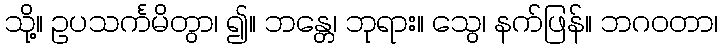
သို့။ ဥပသင်္ကမိတွာ၊ ၍။ ဘန္တေ၊ ဘုရား။ သွေ၊ နက်ဖြန်။ ဘဂဝတာ၊